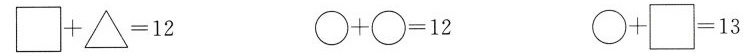
$$\Box + \triangle = 1 2$$ $$\bigcirc + \bigcirc = 1 2$$ $$\bigcirc + \Box = 1 3$$